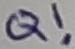
Text: Q!